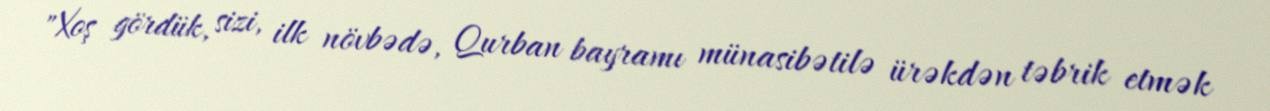
"Xoş gördük, sizi, ilk növbədə, Qurban bayramı münasibətilə ürəkdən təbrik etmək